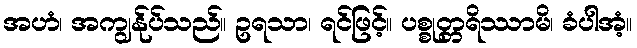
အဟံ၊ အကျွန်ုပ်သည်။ ဥရသာ၊ ရင်ဖြင့်။ ပစ္စုတ္တရိဿာမိ၊ ခံပါအံ့။